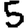
Digit: 5